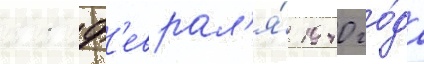
11 ф'еврал'я́ 1940 го́да